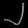
Digit: ၂